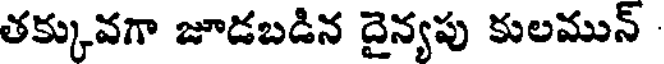
తక్కువగా జూడబడిన దైన్యపు కులమున్